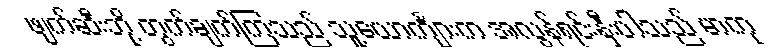
ဖျက်ဆီးဘို့ တွက်ချက်ကြသည် သူ့ယောင်္ကျားက အလွန်ရင်းနှီးပါသည် မာကု